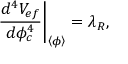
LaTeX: \left. \frac { d ^ { 4 } V _ { e f } } { d \phi _ { c } ^ { 4 } } \right| _ { \left\langle \phi \right\rangle } = \lambda _ { R } ,